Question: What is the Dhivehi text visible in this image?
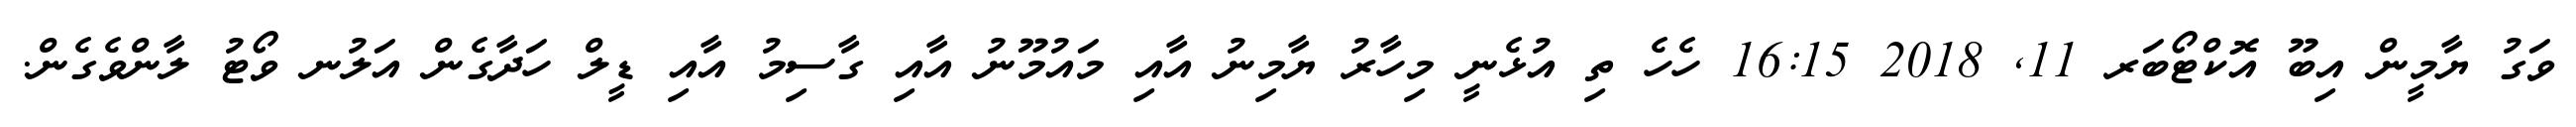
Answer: ވަގު ޔާމީން އިބޫ އޮކްޓޯބަރ 11, 2018 16:15 ހެހެ ތި އުޅެނީ މިހާރު ޔާމިނު އާއި މައުމޫނު އާއި ގާސިމު އާއި ޑީލް ހަދާގެން އަލުނ ވޯޓު ލާންވެގެން.